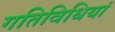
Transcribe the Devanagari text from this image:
गतिविधियां